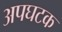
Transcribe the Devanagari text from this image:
अपघटक